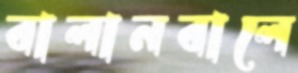
বালানবালে